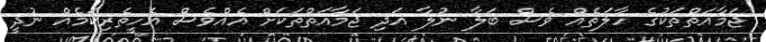
ޖަމާއަތްތަކުގެ ހާލަތެއް ވެސް ބަލާ ނުލާ އަދި ޖަމާއަތްތަކަށް އެއްވެސް އެހީތެރިކަމެއް ނުދީ